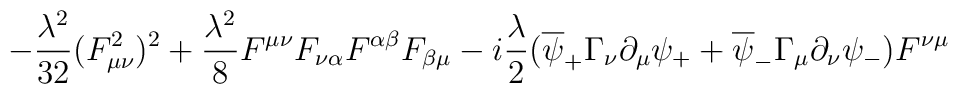
-{\lambda^2\over 32}(F_{\mu\nu}^2)^2+{\lambda^2\over 8}F^{\mu\nu}F_{\nu\alpha}F^{\alpha\beta}F_{\beta\mu} -i{\lambda\over 2} (\overline{\psi}_+\Gamma_{\nu}\partial_{\mu}\psi_+ + \overline{\psi}_-\Gamma_{\mu}\partial_{\nu}\psi_-)F^{\nu\mu}